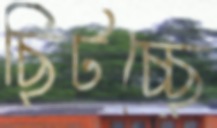
ছিটচ্ছে